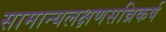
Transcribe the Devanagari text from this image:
सामान्यलक्षणसन्निकर्ष